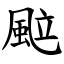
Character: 䬃